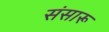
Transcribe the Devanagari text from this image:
संसारू